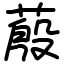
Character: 蒑